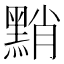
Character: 𪑊